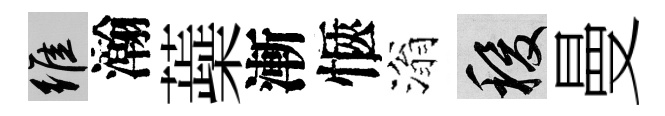
維瀚蘃漸愜滃稷曼